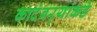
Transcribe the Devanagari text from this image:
कादंबर्‍यांकडे